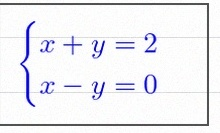
\begin{cases}x+y=2\\x-y=0\end{cases}